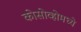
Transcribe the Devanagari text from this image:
कोसोव्होमध्ये